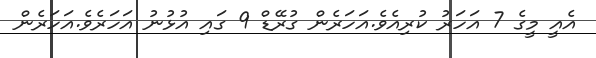
އެއީ މީގެ 7 އަހަރު ކުރިއެވެ.އަހަރެން ގުރޭޑް 9 ގައި އުޅުނު އަހަރެވެ.އަހަރެން